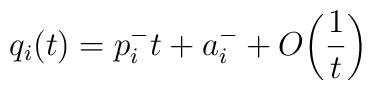
q_i(t)=p_{i}^{-}t+a_{i}^{-}+O\biggl(\frac{1}{t}\biggr)